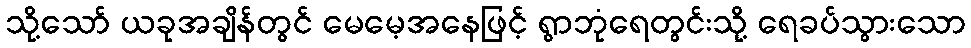
သို့သော် ယခုအချိန်တွင် မေမေ့အနေဖြင့် ရွာဘုံရေတွင်းသို့ ရေခပ်သွားသော